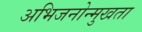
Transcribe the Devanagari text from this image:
अभिजनोन्मुखता